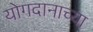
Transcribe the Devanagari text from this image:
योगदानाच्या